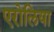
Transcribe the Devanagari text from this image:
एरोलिया